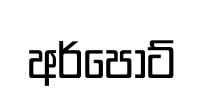
අර්පෝට්